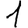
Digit: 1